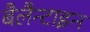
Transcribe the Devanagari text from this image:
बैलैन्टाइन